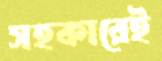
সহকারেই